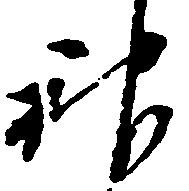
神